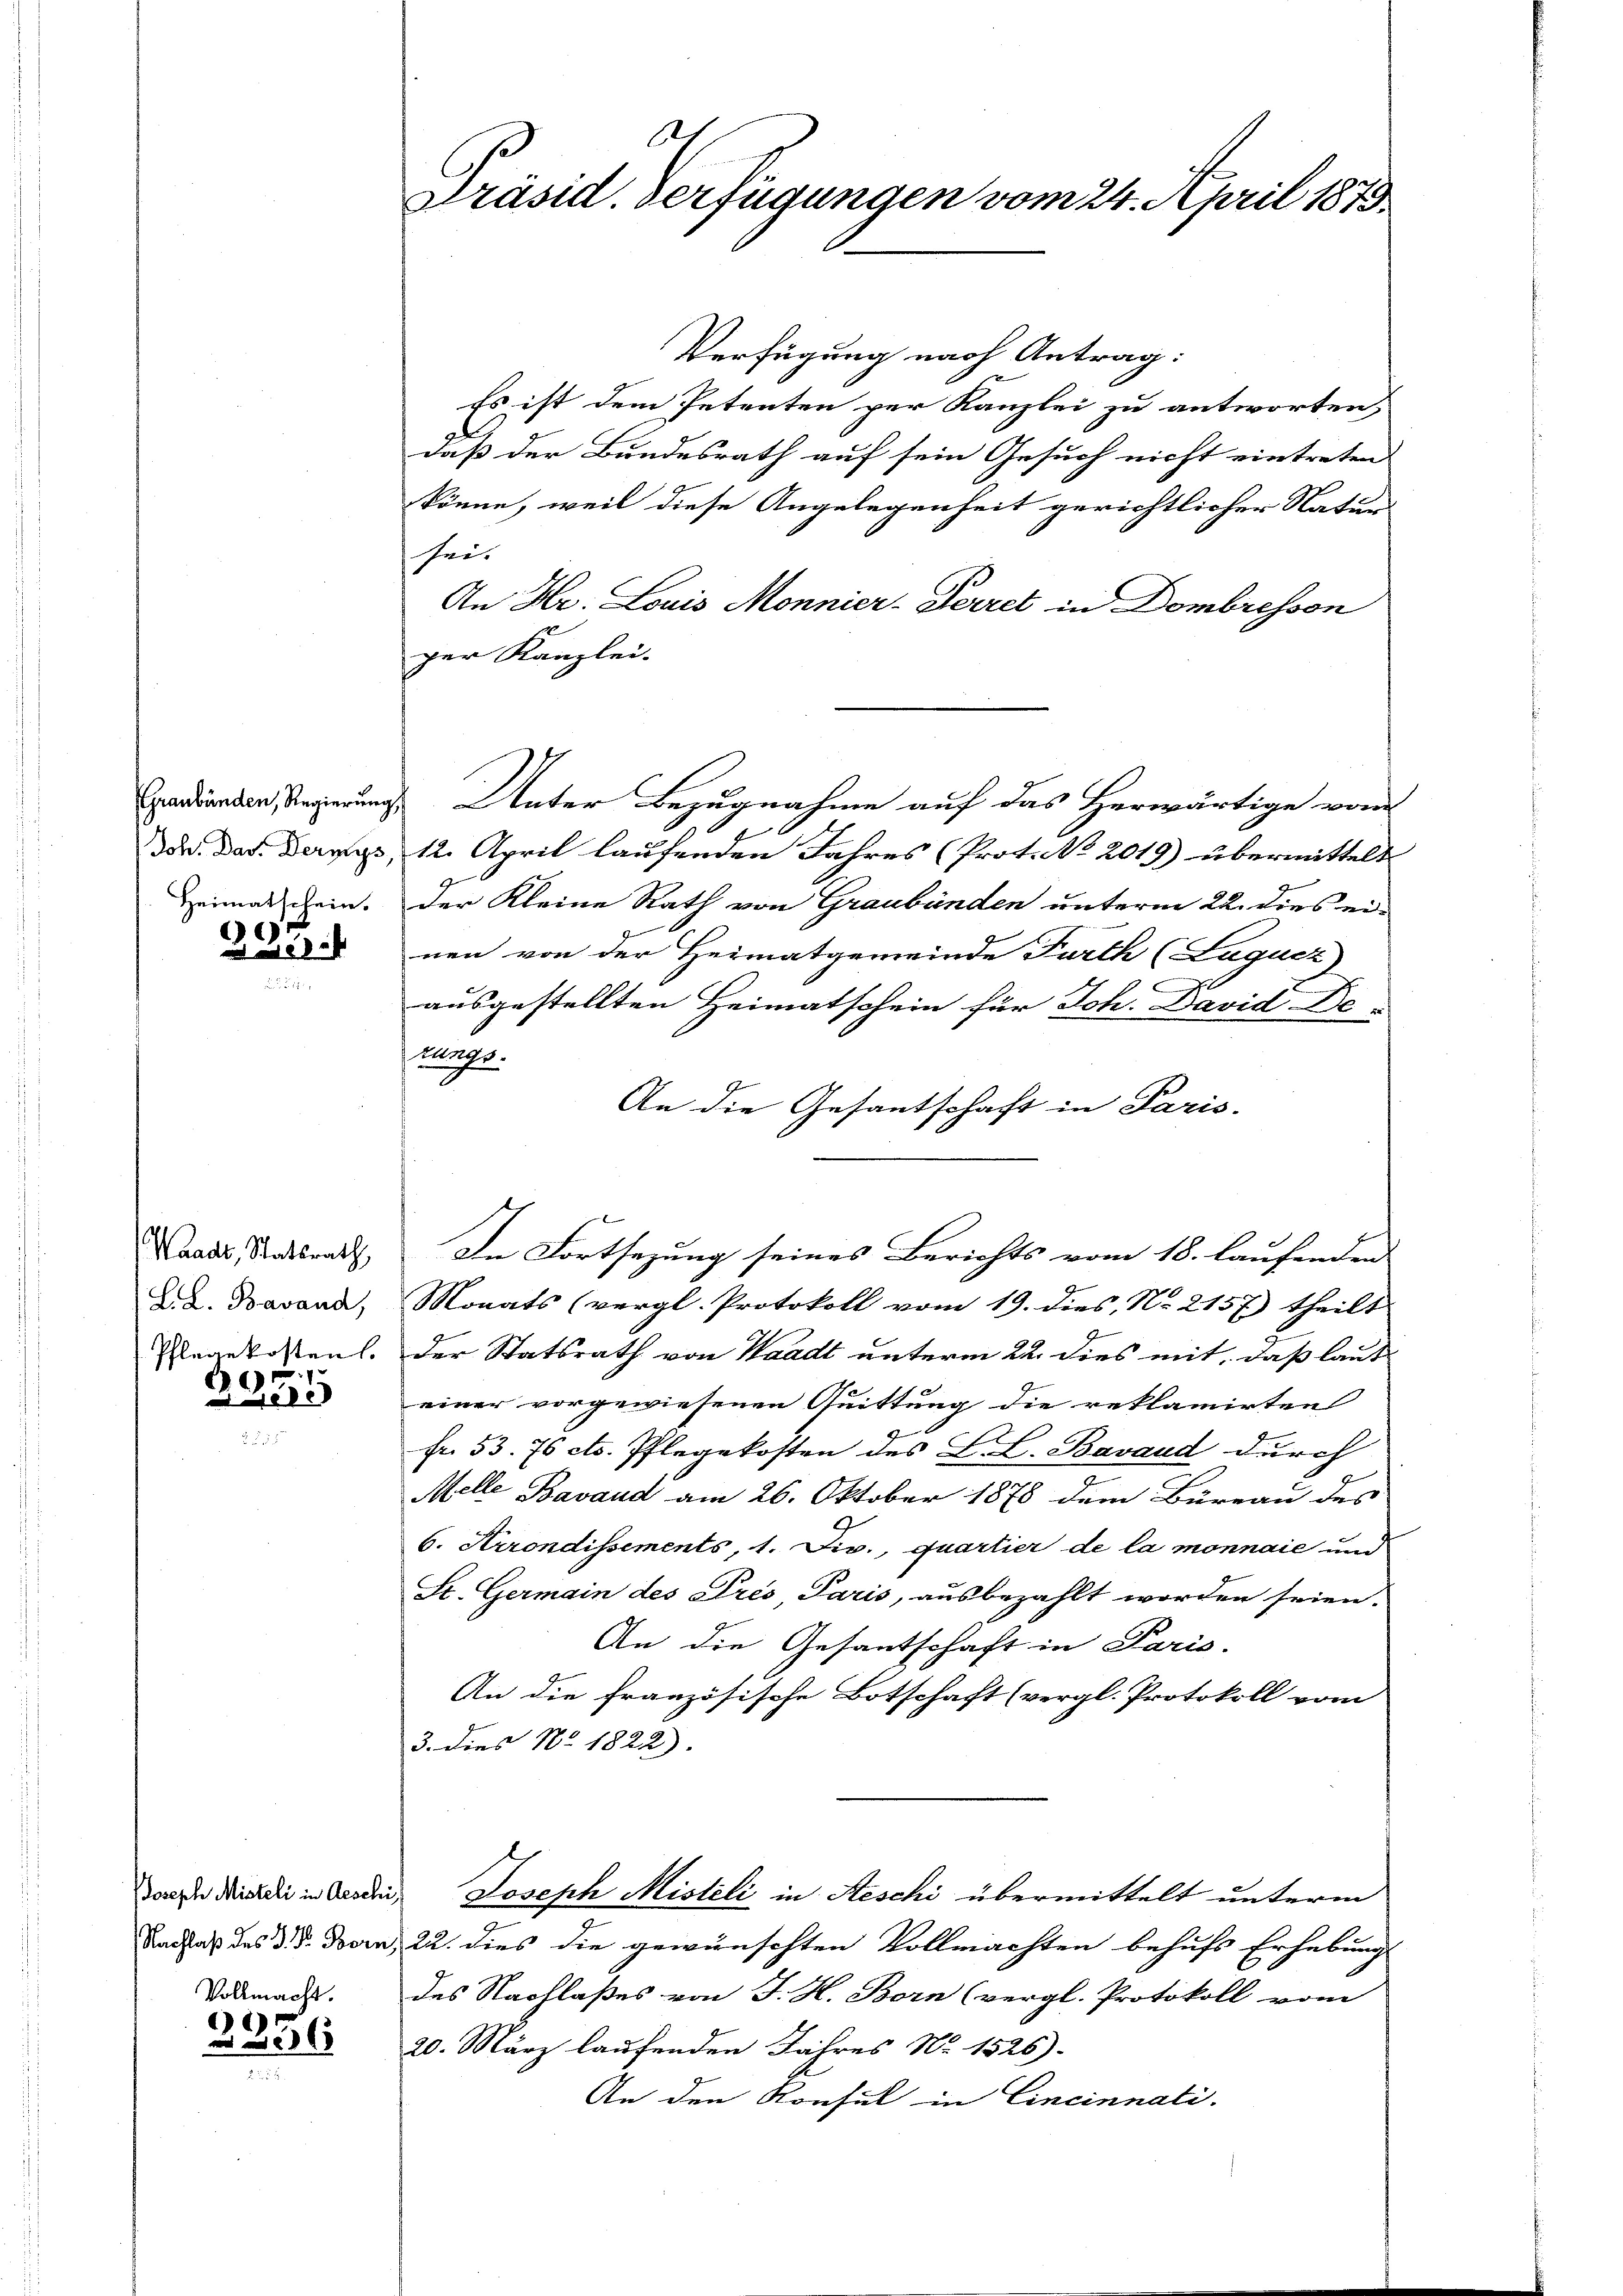
Joh. Dar. Dernys,
Heimatschein.

c
2

Waadt, Statsrath,
L.L. Bavand,
Pflegekosten.
6

e

Joseph Misteli in Aeschi
Nachlaß des H. Dr. Bern,

Vollmacht.
9

.
Präsid. Verfügungen vom 24. April 1873.

Verfügung nach Antrag:
Es ist dem Petenten per Kanzlei zu antworten,
daß der Bundesrath auf sein Gesuch nicht eintreten
könne, weil diese Angelegenheit gerichtlicher Natur
sei.
An Hr. Louis Monnier-Ferret in Dombresson
ger Kanzlei.
Erauenden Regierung. Unter Bezugnahme auf das Herwärtige von
12. April laufenden Jahres (Prot. No 2019) übermittelt
der Kleine Rath von Graubünden unterm 22. dies einen von der Heimatgemeinde Furth (Lugucz)
ausgestellten Heimatschein für Ich. David De-
rungs-
An die Gesantschaft in Paris-
In Fortsezung seines Berichts vom 18. laufenden
Monats (vergl. Protokoll vom 19. dies N. 2157) theilt
der Statsrath von Waadt unterm 22. dies mit, daß laut
einer vorgewiesenen Quittung die reklamirten
Fr. 53. 76 etc. Pflegekosten des L. L. Bavaud durch
Melle Bavaud am 26. Oktober 1878 dem Büreau des
6. Arrondissements, 1. Div., quartier de la monnaie und
St. Germain des Pres, Paris, ausbezahlt worden seien.
An die Gesantschaft in Paris.
An die Französische Botschaft (vergl. Protokoll vom
3. Dies No. 1822).
Joseph Misteli in Aeschi übermittelt unterm
22. dies die gewünschten Vollmachten behufs Erhebung
des Nachlaßes von J. H. Born (vergl. Protokoll vom
20. März laufenden Jahres No. 1526).
An den Konsul in Cincinnati.